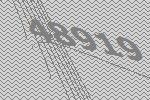
48919